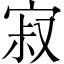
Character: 寂